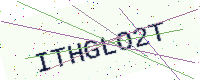
Text: ITHGLO2T